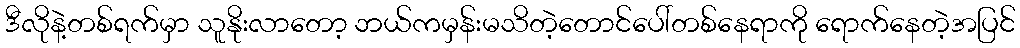
ဒီလိုနဲ့တစ်ရက်မှာ သူနိုးလာတော့ ဘယ်ကမှန်းမသိတဲ့တောင်ပေါ်တစ်နေရာကို ရောက်နေတဲ့အပြင်